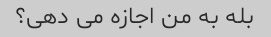
بله به من اجازه می دهی؟